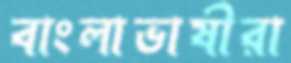
বাংলাভাষীরা